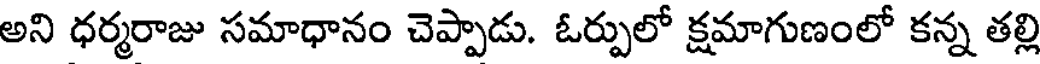
అని ధర్మరాజు సమాధానం చెప్పాడు. ఓర్పులో క్షమాగుణంలో కన్న తల్లి